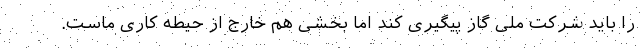
را باید شرکت ملی گاز پیگیری کند اما بخشی هم خارج از حیطه کاری ماست.